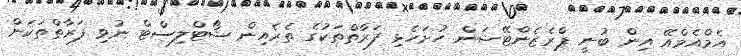
އެމްއެމްއޭ އިން ބުނީ ޕްރެޒެންޓޭޝަން ހުށަހެޅި ފަރާތްތަކުގެ ތެރެއިން ޝޯޓްލިސްޓް ނުވި ފަރާތްތަކަށް